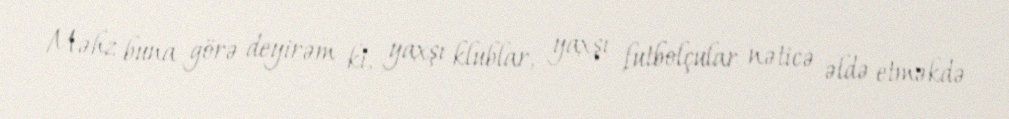
Məhz buna görə deyirəm ki, yaxşı klublar, yaxşı futbolçular nəticə əldə etməkdə